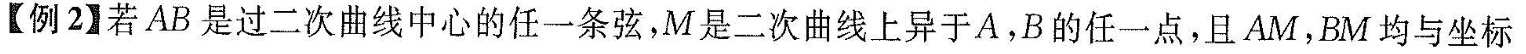
【例2】若AB是过二次曲线中心的任一条弦，M是二次曲线上异于A，B的任一点，且AM，BM均与坐标